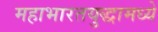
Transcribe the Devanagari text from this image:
महाभारतयुद्धामध्ये